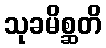
သုခမိစ္ဆတိ